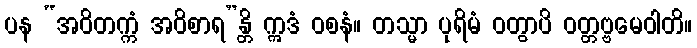
ပန “အဝိတက္ကံ အဝိစာရ”န္တိ ဣဒံ ဝစနံ။ တသ္မာ ပုရိမံ ဝတွာပိ ဝတ္တဗ္ဗမေဝါတိ။